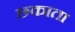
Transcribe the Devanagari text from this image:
छकाता